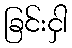
ခြင်းငှါ